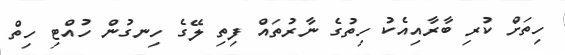
ހިތަށް ކުރި ބާރާއިއެކު ހިތުގެ ނާރުތައް ފިތި ލޭގެ ހިނގުން ހުއްޓި ހިތް